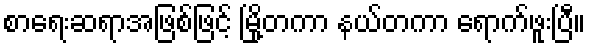
စာရေးဆရာအဖြစ်ဖြင့် မြို့တကာ နယ်တကာ ရောက်ဖူးပြီ။